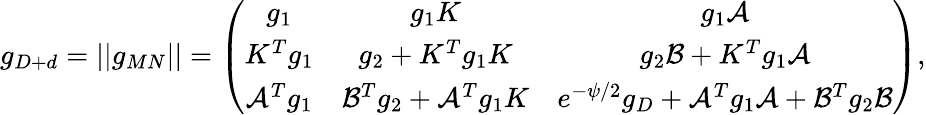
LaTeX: g_{D+d}=||g_{MN}||=\left(\begin{array}{ccc}{{g_{1}}}&{{g_{1}K}}&{{g_{1}{\cal A}}}\\ {{K^{T}g_{1}}}&{{g_{2}+K^{T}g_{1}K}}&{{g_{2}{\cal B}+K^{T}g_{1}{\cal A}}}\\ {{{\cal A}^{T}g_{1}}}&{{{\cal B}^{T}g_{2}+{\cal A}^{T}g_{1}K}}&{{e^{-\psi/2}g_{D}+{\cal A}^{T}g_{1}{\cal A}+{\cal B}^{T}g_{2}{\cal B}}}\end{array}\right),